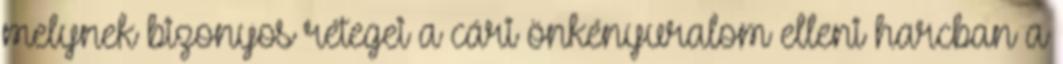
melynek bizonyos rétegei a cári önkényuralom elleni harcban a